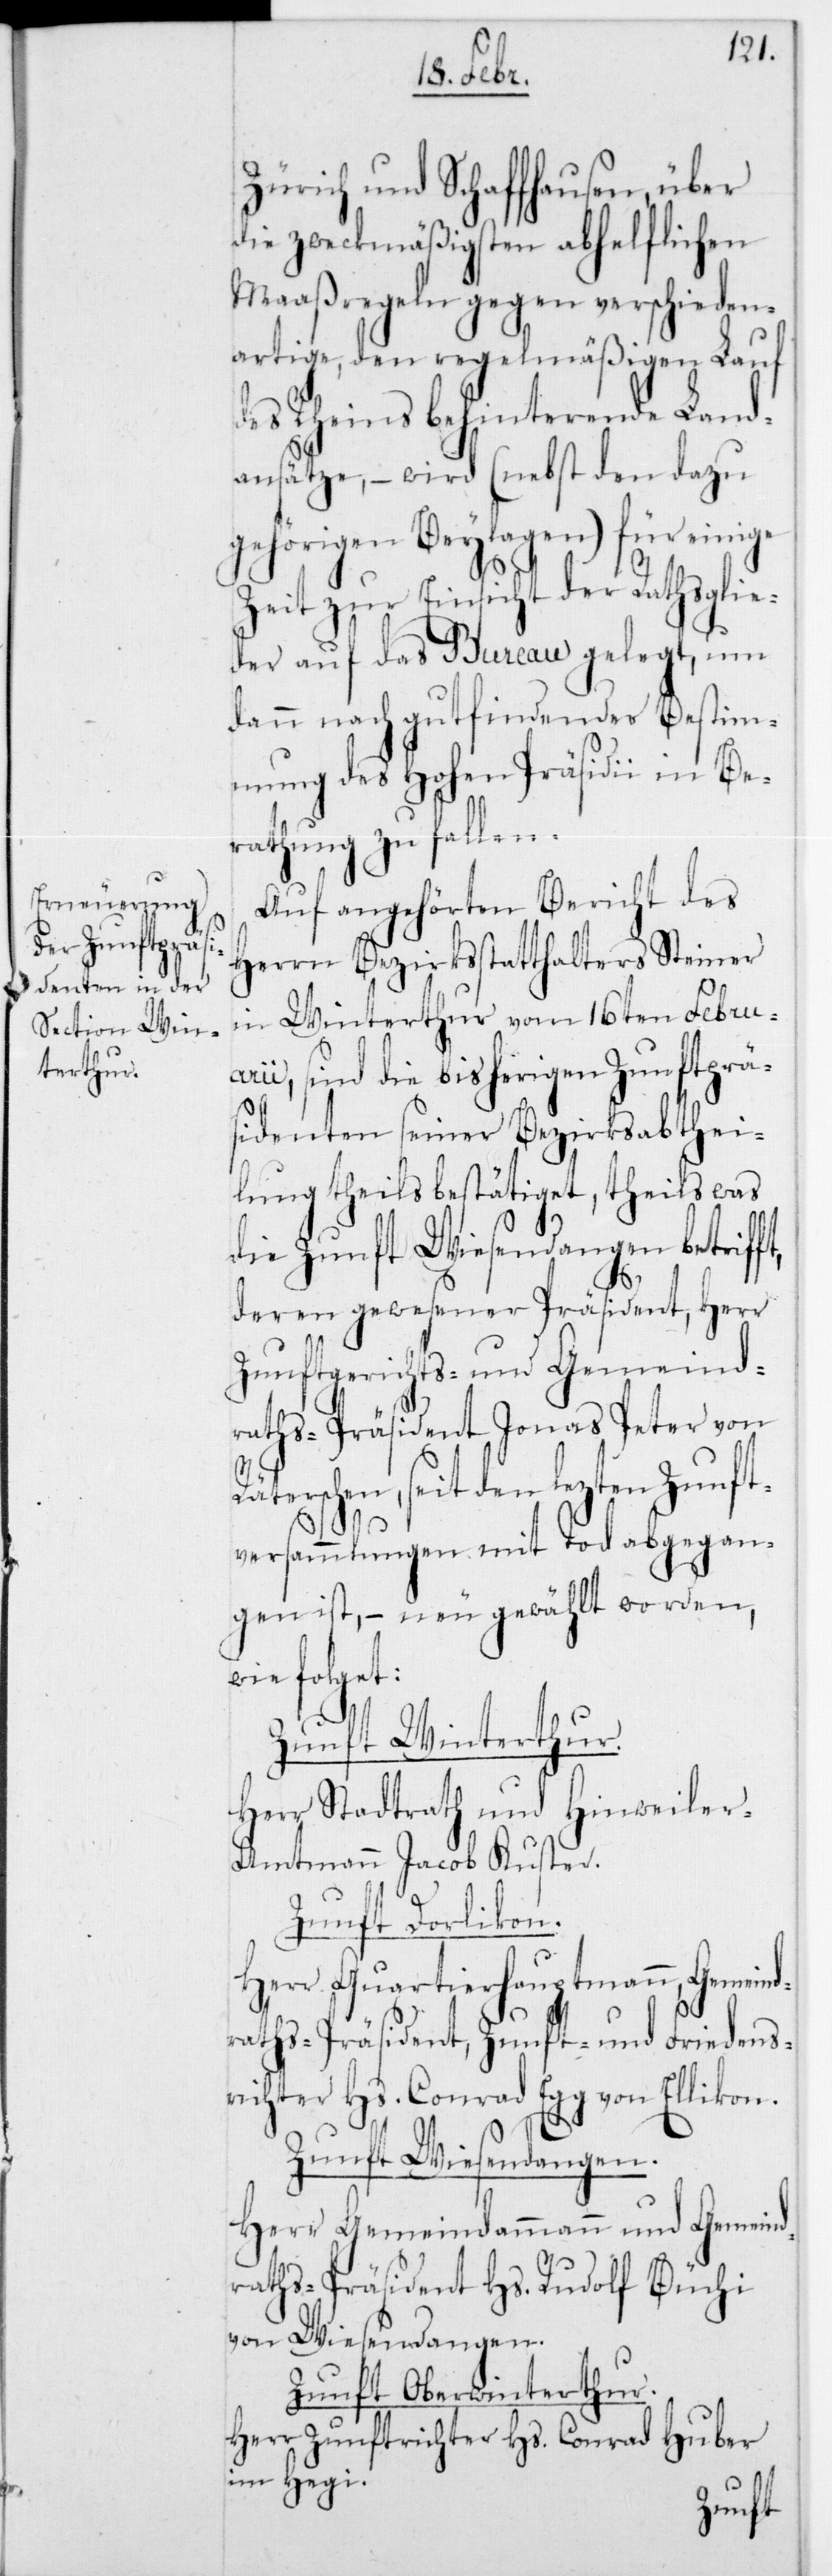
Zürich und Schaffhausen, über
die zweckmäßigsten abhelflichen
Maaßregeln gegen verschieden¬
artige, den regelmäßigen Lauf
des Rheins behinterende Land¬
ansätze, – wird (nebst den dazu
gehörigen Beylagen) für einige
Zeit zur Einsicht der Rathsglie¬
der auf das Bureau gelegt, um
dann nach gutfindender Bestim¬
mung des Hohen Präsidii in Be¬
rathung zu fallen.
Auf angehörten Bericht des
Herrn Bezirksstatthalters Steiner
in Winterthur vom 16ten Febru¬
arii, sind die bisherigen Zunftprä¬
sidenten seiner Bezirksabthei¬
lung theils bestätiget, theils was
die Zunft Wiesendangen betrifft,
deren gewesener Präsident, Herr
Zunftgerichts- und Gemeind¬
raths-Präsident Jonas Peter von
rschen, seit den letzten Zunf¬
tversammlungen mit Tod abgegan¬
gen ist, – neu gewählt worden,
folget:
Zunft Winterthur.
Herr Stadtrath und Hinweiler
Amtmann Jacob Kuster.
Zunft Dorlikon.
Herr Quartierhauptmann, Gemeind¬
raths-Präsident, Zunft- und Friedens¬
richter Hs. Conrad Egg von Ellikon.
Zunft Wiesendangen.
Herr Gemeindammann und Gemeind¬
raths-Präsident Hs. Rudolf Büchi
von Wiesendangen.
Zunft Oberwinterthur.
Herr Zunftrichter Hs. Conrad Huber
im Hegi.